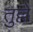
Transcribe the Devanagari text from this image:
तुल्ले